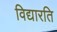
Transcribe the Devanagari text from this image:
विद्यारति